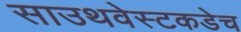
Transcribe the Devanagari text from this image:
साउथवेस्टकडेच